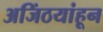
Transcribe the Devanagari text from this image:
अजिंठयांहून